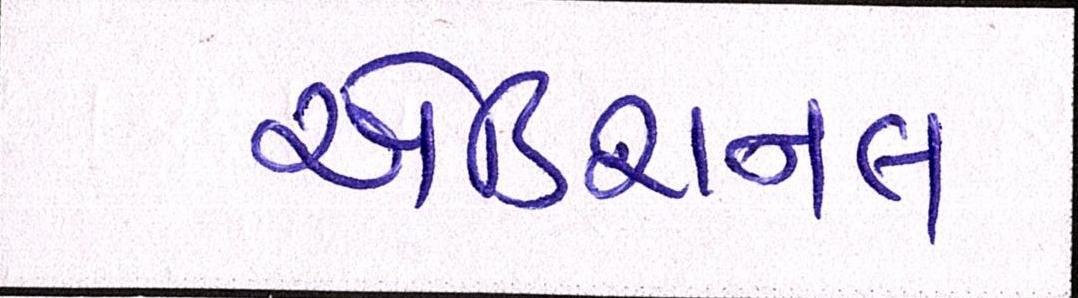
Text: એડિશનલ